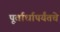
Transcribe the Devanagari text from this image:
पूर्वार्धापर्यंतचे